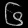
Digit: ၆